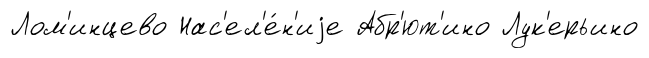
Лом'инцево Нас'ел'е́н'иjе Абр'ют'ино Лук'ерьино